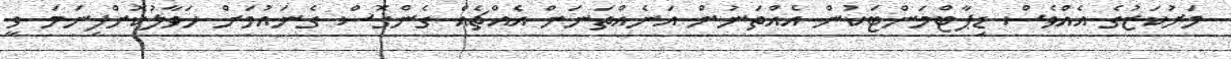
މަރުކަޒުގެ އެއްވެސް ޑިޕާޓްމަންޓަކުން އެއްތަނުން އަނެއްތަނަށް އެއްޗެއް ގެންގޮސް ގެނައުމަށް ހަވާލުކޮށްފިނަމަ ވީ